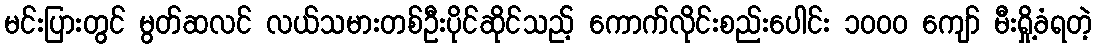
မင်းပြားတွင် မွတ်ဆလင် လယ်သမားတစ်ဦးပိုင်ဆိုင်သည့် ကောက်လိုင်းစည်းပေါင်း ၁၀၀၀ ကျော် မီးရှို့ခံရတဲ့